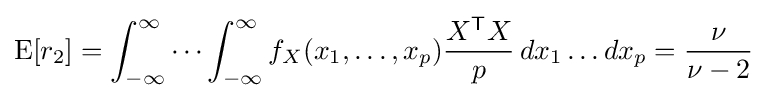
\operatorname {E} [r_{2}]=\int _{-\infty }^{\infty }\cdots \int _{-\infty }^{\infty }f_{X}(x_{1},\dots ,x_{p}){\frac {X^{\mathsf {T}}X}{p}}\,dx_{1}\dots dx_{p}={\frac {\nu }{\nu -2}}